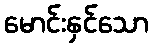
မောင်းနှင်သော